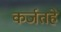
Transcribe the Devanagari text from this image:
कर्जतहे